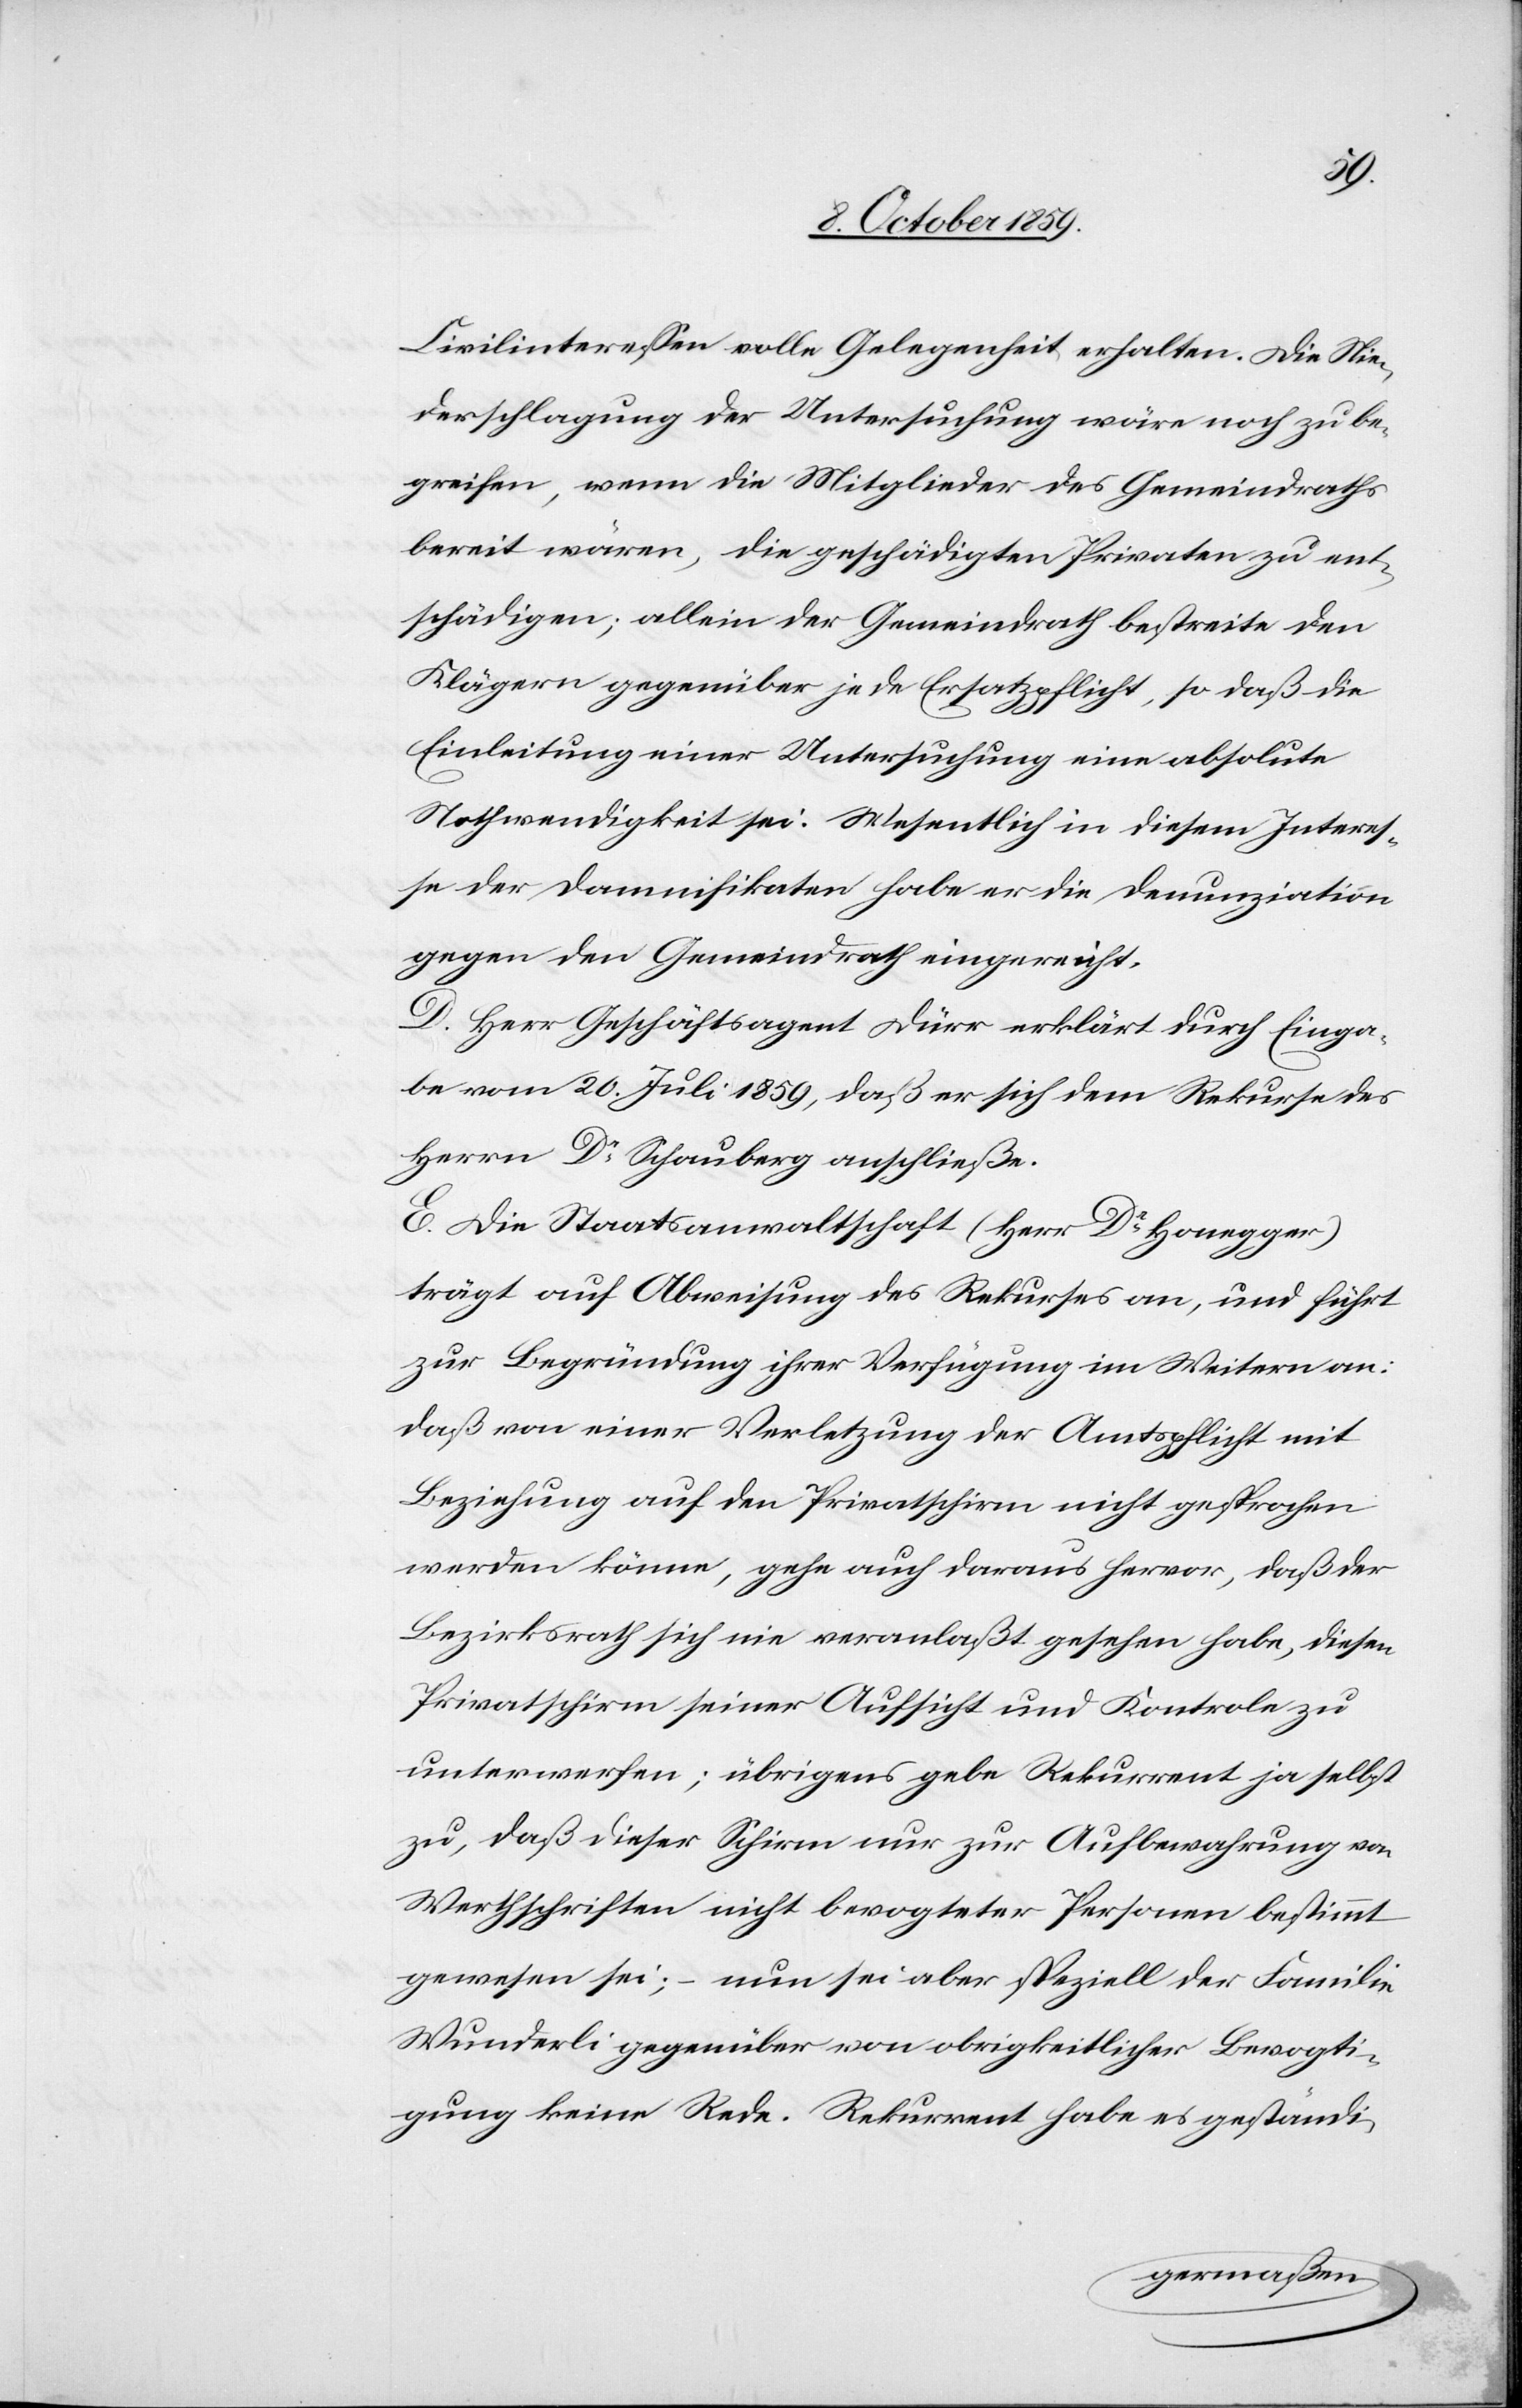
Civilinteressen volle Gelegenheit erhalten. Die Nie¬
derschlagung der Untersuchung wäre noch zu be¬
greifen, wenn die Mitglieder des Gemeindraths
bereit wären, die geschädigten Privaten zu ent¬
schädigen; allein der Gemeindrath bestreite den
Klägern gegenüber jede Ersatzpflicht, so daß die
Einleitung einer Untersuchung eine absolute
Nothwendigkeit sei. Wesentlich in diesem Interes¬
se der Damnifikaten habe er die Denunziation
gegen den Gemeindrath eingereicht.
D. Herr Geschäftsagent Dürr erklärt durch Einga¬
be vom 20. Juli 1859, daß er sich dem Rekurse des
Herrn Dr Schauberg anschließe.
E. Die Staatsanwaltschaft (Herr Dr Honegger)
trägt auf Abweisung des Rekurses an, und führt
zur Begründung ihrer Verfügung im Weitern an:
daß von einer Verletzung der Amtspflicht nicht
werden könne, gehe auch daraus hervor, daß der
Bezirksrath sich nie veranlaßt gesehen habe, diesen
Privatschirm seiner Aufsicht und Kontrole
unterwerfen; übrigens gebe Rekurrent ja selbst
zu, daß dieser Schirm nur zur Aufbewahrung von
Wertschriften nicht bevogteter Personen bestimmt
gewesen sei; – nun sei aber speziell der Familie
Wunderli gegenüber von obrigkeitlicher Bevogti¬
gung keine Rede. Rekurrent habe es geständi-